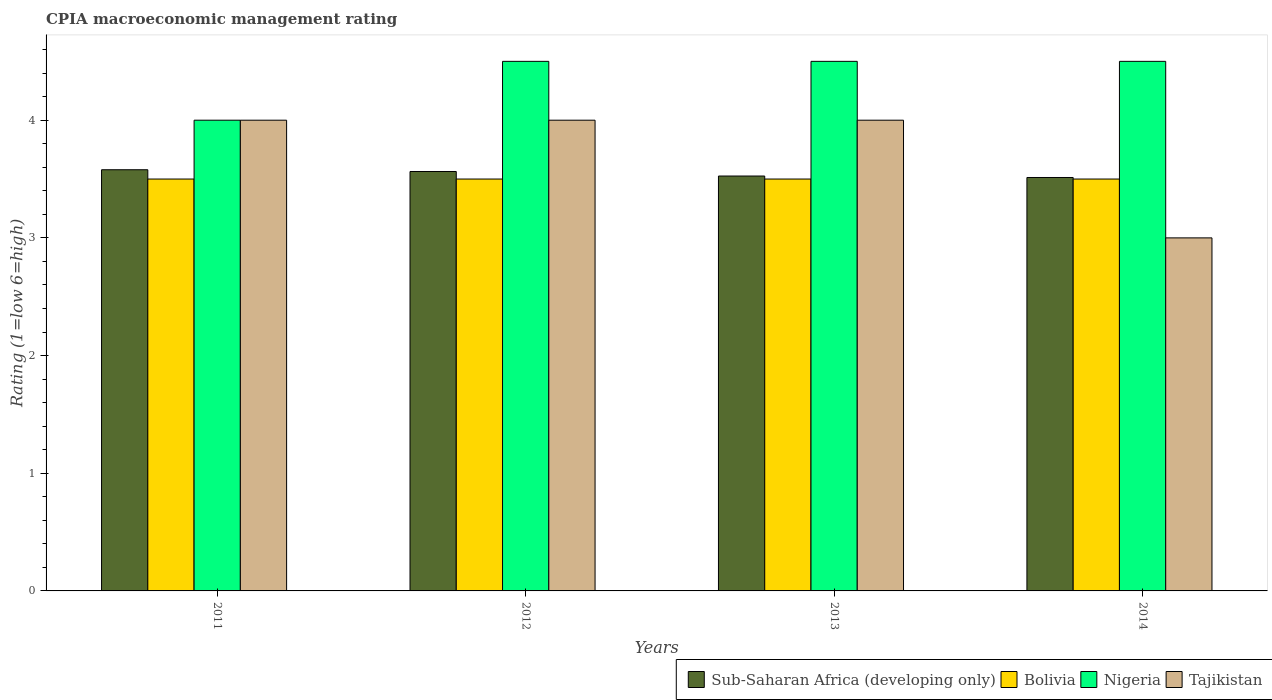
| Years | Sub-Saharan Africa (developing only) | Bolivia | Nigeria | Tajikistan |
 | --- | --- | --- | --- | --- |
 | 2011 | 3.58 | 3.5 | 4 | 4 |
 | 2012 | 3.56 | 3.5 | 4.5 | 4 |
 | 2013 | 3.53 | 3.5 | 4.5 | 4 |
 | 2014 | 3.51 | 3.5 | 4.5 | 3 |